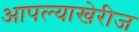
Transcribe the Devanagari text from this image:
आपल्याखेरीज